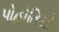
પોહોતિયો